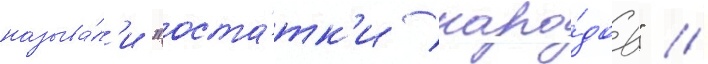
называ́л'и "оста́тк'и наро́дов" //